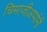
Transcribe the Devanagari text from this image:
चिमाजीअप्पांनी